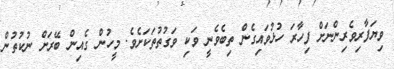
ވިޔަފާރިވެރިންނަށް ފިހާރަ ހުޅުވައިގެން ތިބެވެނީ ވަކި ވަގުތުތަކަށެވެ. މީހުން ގެއިން ބޭރަށް ނުކުތުން